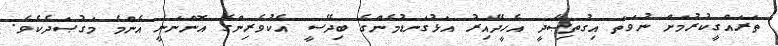
ތަރައްގީކުރުމަށް ނުވަތަ އިގުތިޞާދީ އެހީދޭއިރު އަޅުގަނޑުމެންގެ ބިދޭސީ އެކުވެރިންގެ އޮންނަނީ އެންމެ މަގުޞަދެކެވެ.